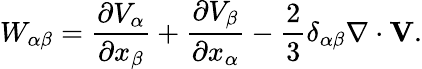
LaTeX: W_{\alpha\beta}=\frac{\partial V_{\alpha}}{\partial x_{\beta}}+\frac{\partial V_{\beta}}{\partial x_{\alpha}}-\frac{2}{3}\delta_{\alpha\beta}\nabla\cdot\mathbf{V}.